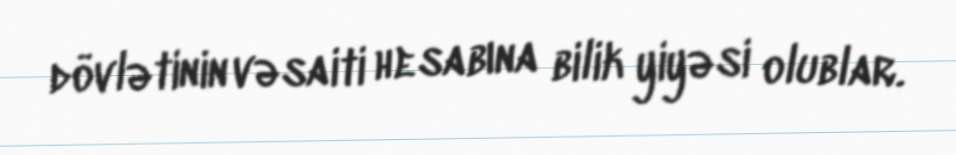
dövlətinin vəsaiti hesabına bilik yiyəsi olublar.